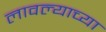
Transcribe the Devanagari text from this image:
लावल्याच्या